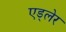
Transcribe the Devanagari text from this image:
एड्लेर